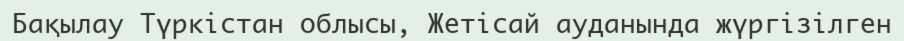
Бақылау Түркістан облысы, Жетісай ауданында жүргізілген